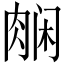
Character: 𬚿